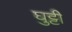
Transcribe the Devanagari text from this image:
घुट्टी